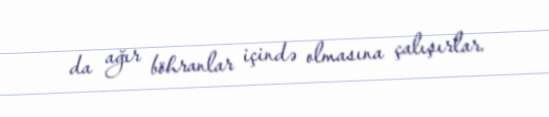
da ağır böhranlar içində olmasına çalışırlar.